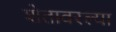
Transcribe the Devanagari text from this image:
शेतावरल्या